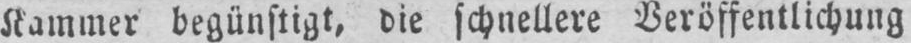
Kammer begünstigt, die schnellere Veröffentlichung